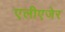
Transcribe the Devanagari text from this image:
एलीएजेर